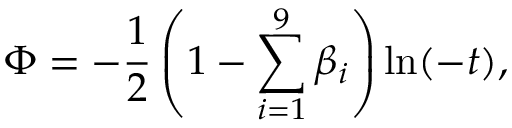
\Phi = - \frac { 1 } { 2 } \left( 1 - \sum _ { i = 1 } ^ { 9 } \beta _ { i } \right) \ln ( - t ) ,